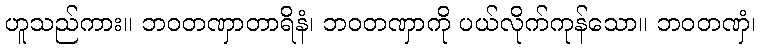
ဟူသည်ကား။ ဘဝတဏှာတာရိနံ၊ ဘဝတဏှာကို ပယ်လိုက်ကုန်သော။ ဘဝတဏှံ၊